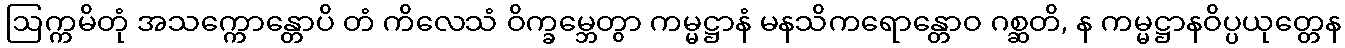
ဩက္ကမိတုံ အသက္ကောန္တောပိ တံ ကိလေသံ ဝိက္ခမ္ဘေတွာ ကမ္မဋ္ဌာနံ မနသိကရောန္တောဝ ဂစ္ဆတိ, န ကမ္မဋ္ဌာနဝိပ္ပယုတ္တေန